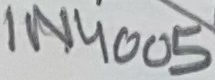
Text: 1N4005